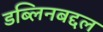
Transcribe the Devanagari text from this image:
डब्लिनबद्दल